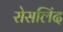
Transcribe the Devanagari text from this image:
रोसलिंद